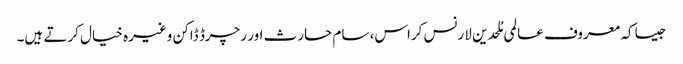
جیسا کہ معروف عالمی مُلحدین لارنس کراس، سام حارث اور رچرڈ ڈاکن وغیرہ خیال کرتے ہیں۔